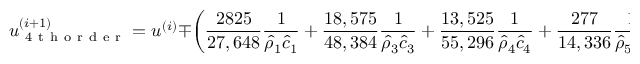
u _ { \mathrm { ~ 4 ~ t ~ h ~ o ~ r ~ d ~ e ~ r ~ } } ^ { ( i + 1 ) } = u ^ { ( i ) } \mp \left( \frac { 2 8 2 5 } { 2 7 , 6 4 8 } \frac { 1 } { \hat { \rho } _ { 1 } \hat { c } _ { 1 } } + \frac { 1 8 , 5 7 5 } { 4 8 , 3 8 4 } \frac { 1 } { \hat { \rho } _ { 3 } \hat { c } _ { 3 } } + \frac { 1 3 , 5 2 5 } { 5 5 , 2 9 6 } \frac { 1 } { \hat { \rho } _ { 4 } \hat { c } _ { 4 } } + \frac { 2 7 7 } { 1 4 , 3 3 6 } \frac { 1 } { \hat { \rho } _ { 5 } \hat { c } _ { 5 } } + \frac { 1 } { 4 } \frac { 1 } { \hat { \rho } _ { 6 } \hat { c } _ { 6 } } \right) \Delta p ^ { ( i ) } .